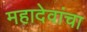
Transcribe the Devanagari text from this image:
महादेवांचा